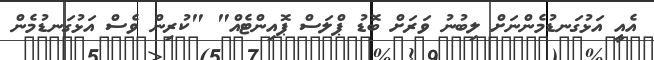
އެއީ އަޅުގަނޑުމެންނަށް ލިބުނު ވަރަށް ބޮޑު ޕްލަސް ޕޮއިންޓެއް" "ކުރިން ވެސް އަޅުގަނޑުމެން